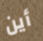
أين